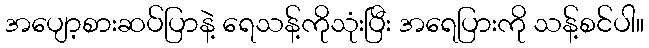
အပျော့စားဆပ်ပြာနဲ့ ရေသန့်ကိုသုံးပြီး အရေပြားကို သန့်စင်ပါ။